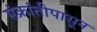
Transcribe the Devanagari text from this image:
संक्रांतीपासून